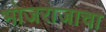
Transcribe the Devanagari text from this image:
भोजराजाचा